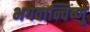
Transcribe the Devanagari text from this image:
भगवान्विष्णु